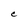
Character: C